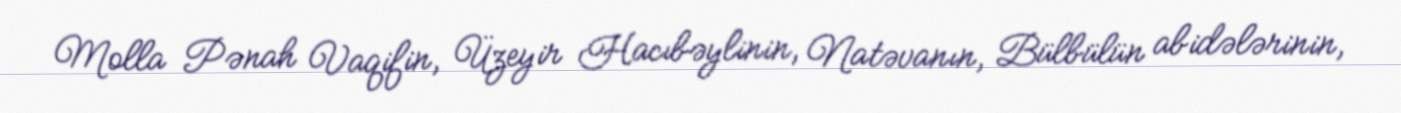
Molla Pənah Vaqifin, Üzeyir Hacıbəylinin, Natəvanın, Bülbülün abidələrinin,